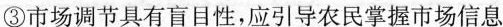
③市场调节具有盲目性，应引导农民掌握市场信息